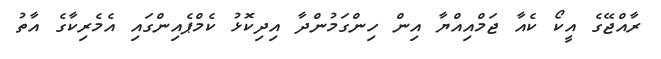
ރާއްޖޭގެ އީކޯ ކެއާ ޖަމްއިއްޔާ އިން ހިންގަމުންދާ އިދިކޮޅު ކެމްޕެއިންގައި އެމެރިކާގެ އާތު